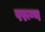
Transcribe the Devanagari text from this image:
परूष्ण